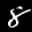
Label: 8